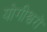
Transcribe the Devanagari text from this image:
योगीश्वरों